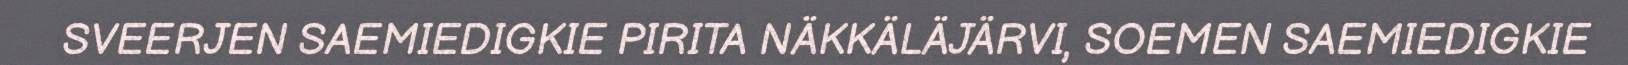
SVEERJEN SAEMIEDIGKIE PIRITA NÄKKÄLÄJÄRVI, SOEMEN SAEMIEDIGKIE